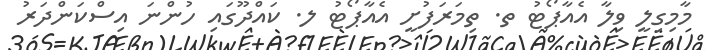
މާމިގިލީ ވިލާ އެއާޕޯޓު ތ. ތިމަރަފުށީ އެއާޕޯޓު ލ. ކައްދޫގައި ހުންނަ އިސްކަންދަރު